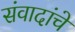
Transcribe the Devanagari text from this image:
संवादांचे